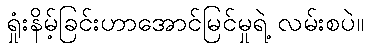
ရှုံးနိမ့်ခြင်းဟာအောင်မြင်မှုရဲ့ လမ်းစပဲ။